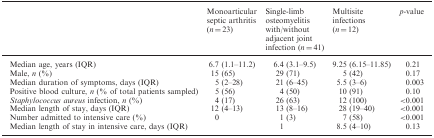
<table><thead><tr><td></td><td><b>Monoarticular septic arthritis (<i>n</i> = 23)</b></td><td><b>Single-limb osteomyelitis with/without adjacent joint infection (<i>n</i> = 41)</b></td><td><b>Multisite infections (<i>n</i> = 12)</b></td><td><b><i>p</i>-value</b></td></tr></thead><tbody><tr><td>Median age, years (IQR)</td><td>6.7 (1.1–11.2)</td><td>6.4 (3.1–9.5)</td><td>9.25 (6.15–11.85)</td><td>0.21</td></tr><tr><td>Male, <i>n</i> (%)</td><td>15 (65)</td><td>29 (71)</td><td>5 (42)</td><td>0.17</td></tr><tr><td>Median duration of symptoms, days (IQR)</td><td>5 (2–28)</td><td>21 (6–45)</td><td>5.5 (3–6)</td><td>0.003</td></tr><tr><td>Positive blood culture, <i>n</i> (% of total patients sampled)</td><td>5 (56)</td><td>4 (50)</td><td>10 (91)</td><td>0.10</td></tr><tr><td><i>Staphylococcus aureus</i> infection, <i>n</i> (%)</td><td>4 (17)</td><td>26 (63)</td><td>12 (100)</td><td>&lt;0.001</td></tr><tr><td>Median length of stay, days (IQR)</td><td>12 (4–13)</td><td>13 (8–16)</td><td>28 (19–40)</td><td>&lt;0.001</td></tr><tr><td>Number admitted to intensive care (%)</td><td>0</td><td>1 (3)</td><td>7 (58)</td><td>&lt;0.001</td></tr><tr><td>Median length of stay in intensive care, days (IQR)</td><td></td><td>1</td><td>8.5 (4–10)</td><td>0.13</td></tr></tbody></table>